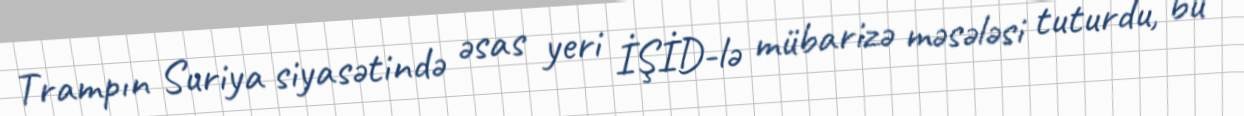
Trampın Suriya siyasətində əsas yeri İŞİD-lə mübarizə məsələsi tuturdu, bu